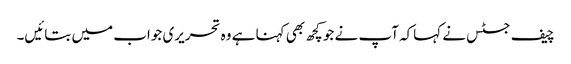
چیف جسٹس نے کہاکہ آپ نے جو کچھ بھی کہنا ہے وہ تحریری جواب میں بتائیں۔